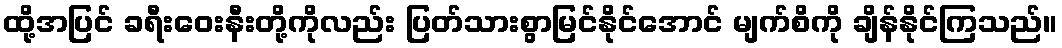
ထို့အပြင် ခရီးဝေးနီးတို့ကိုလည်း ပြတ်သားစွာမြင်နိုင်အောင် မျက်စိကို ချိန်နိုင်ကြသည်။